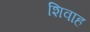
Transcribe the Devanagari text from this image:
शिवाह